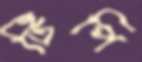
টিপি